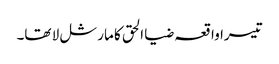
تیسرا واقعہ ضیا الحق کا مارشل لا تھا۔